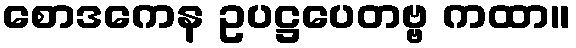
စောဒကေန ဥပဋ္ဌပေတဗ္ဗ ကထာ။